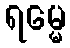
ရမ္မေ